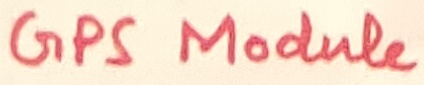
Text: GPS Module